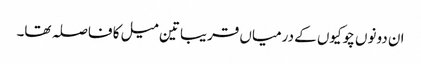
ان دونوں چوکیوں کے درمیاں قریبا تین میل کا فاصلہ تھا۔